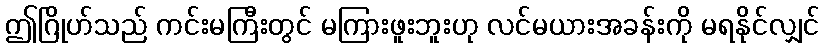
ဤဂြိုဟ်သည် ကင်းမကြီးတွင် မကြားဖူးဘူးဟု လင်မယားအခန်းကို မရနိုင်လျှင်